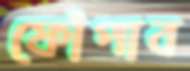
ফোঁপাব